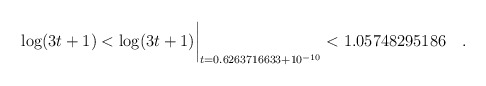
\begin{align*}\log(3t+1) < \log(3t+1)\biggr\rvert_{t=0.6263716633 + 10^{-10}} < 1.05748295186 \quad .\end{align*}